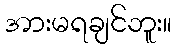
အားမရချင်ဘူး။